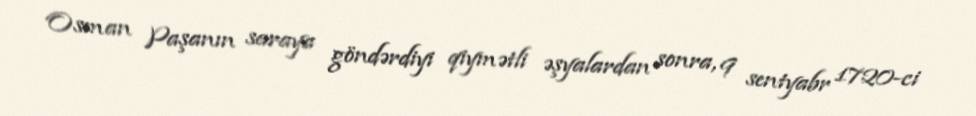
Osman Paşanın saraya göndərdiyi qiymətli əşyalardan sonra, 9 sentyabr 1720-ci